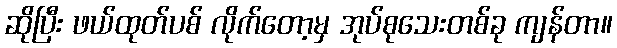
ဆိုပြီး ဖယ်ထုတ်ပစ် လိုက်တော့မှ အုပ်စုသေးတစ်ခု ကျန်တာ။